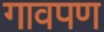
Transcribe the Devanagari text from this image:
गावपण